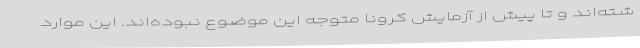
شته‌اند و تا پیش از آزمایش کرونا متوجه این موضوع نبوده‌اند. این موارد